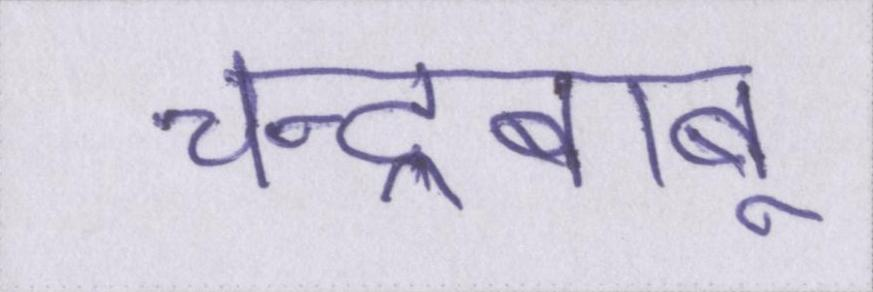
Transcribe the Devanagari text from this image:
चन्द्रबाबू